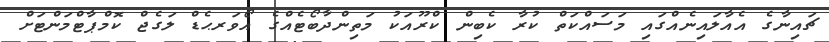
ޗައިނާގެ އެއާލައިނެއްގައި މަސައްކަތް ކުރާ ކެބިން ކްރޫއަކު މަތިންދާބޯޓެއްގެ އޯވަރޙެޑް ލަގެޖް ކޮމްޕާޓްމަންޓަށް